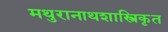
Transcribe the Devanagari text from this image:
मथुरानाथशास्त्रिकृत